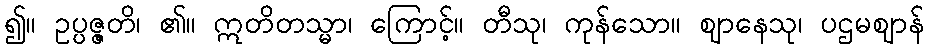
၍။ ဥပ္ပဇ္ဇတိ၊ ၏။ ဣတိတသ္မာ၊ ကြောင့်။ တီသု၊ ကုန်သော။ ဈာနေသု၊ ပဌမဈာန်